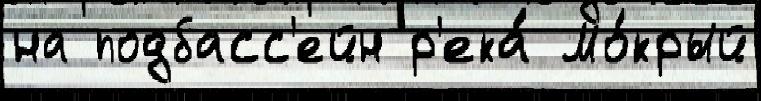
на подбасс'ейн р'ека́ Мо́крый